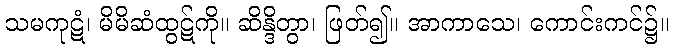
သမကုဋံ၊ မိမိဆံထွဋ်ကို။ ဆိန္ဒိတွာ၊ ဖြတ်၍။ အာကာသေ၊ ကောင်းကင်၌။